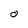
Character: O